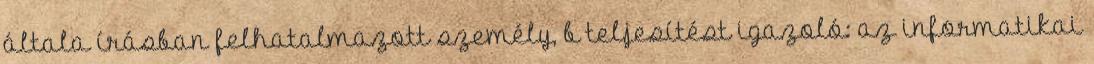
általa írásban felhatalmazott személy, b teljesítést igazoló: az informatikai